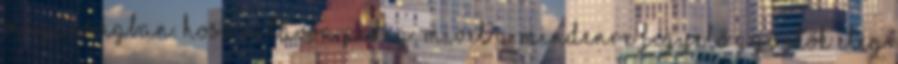
magasságban. Hosszútávon pedig, mivel a mindenre figyelő gyűjtők elég